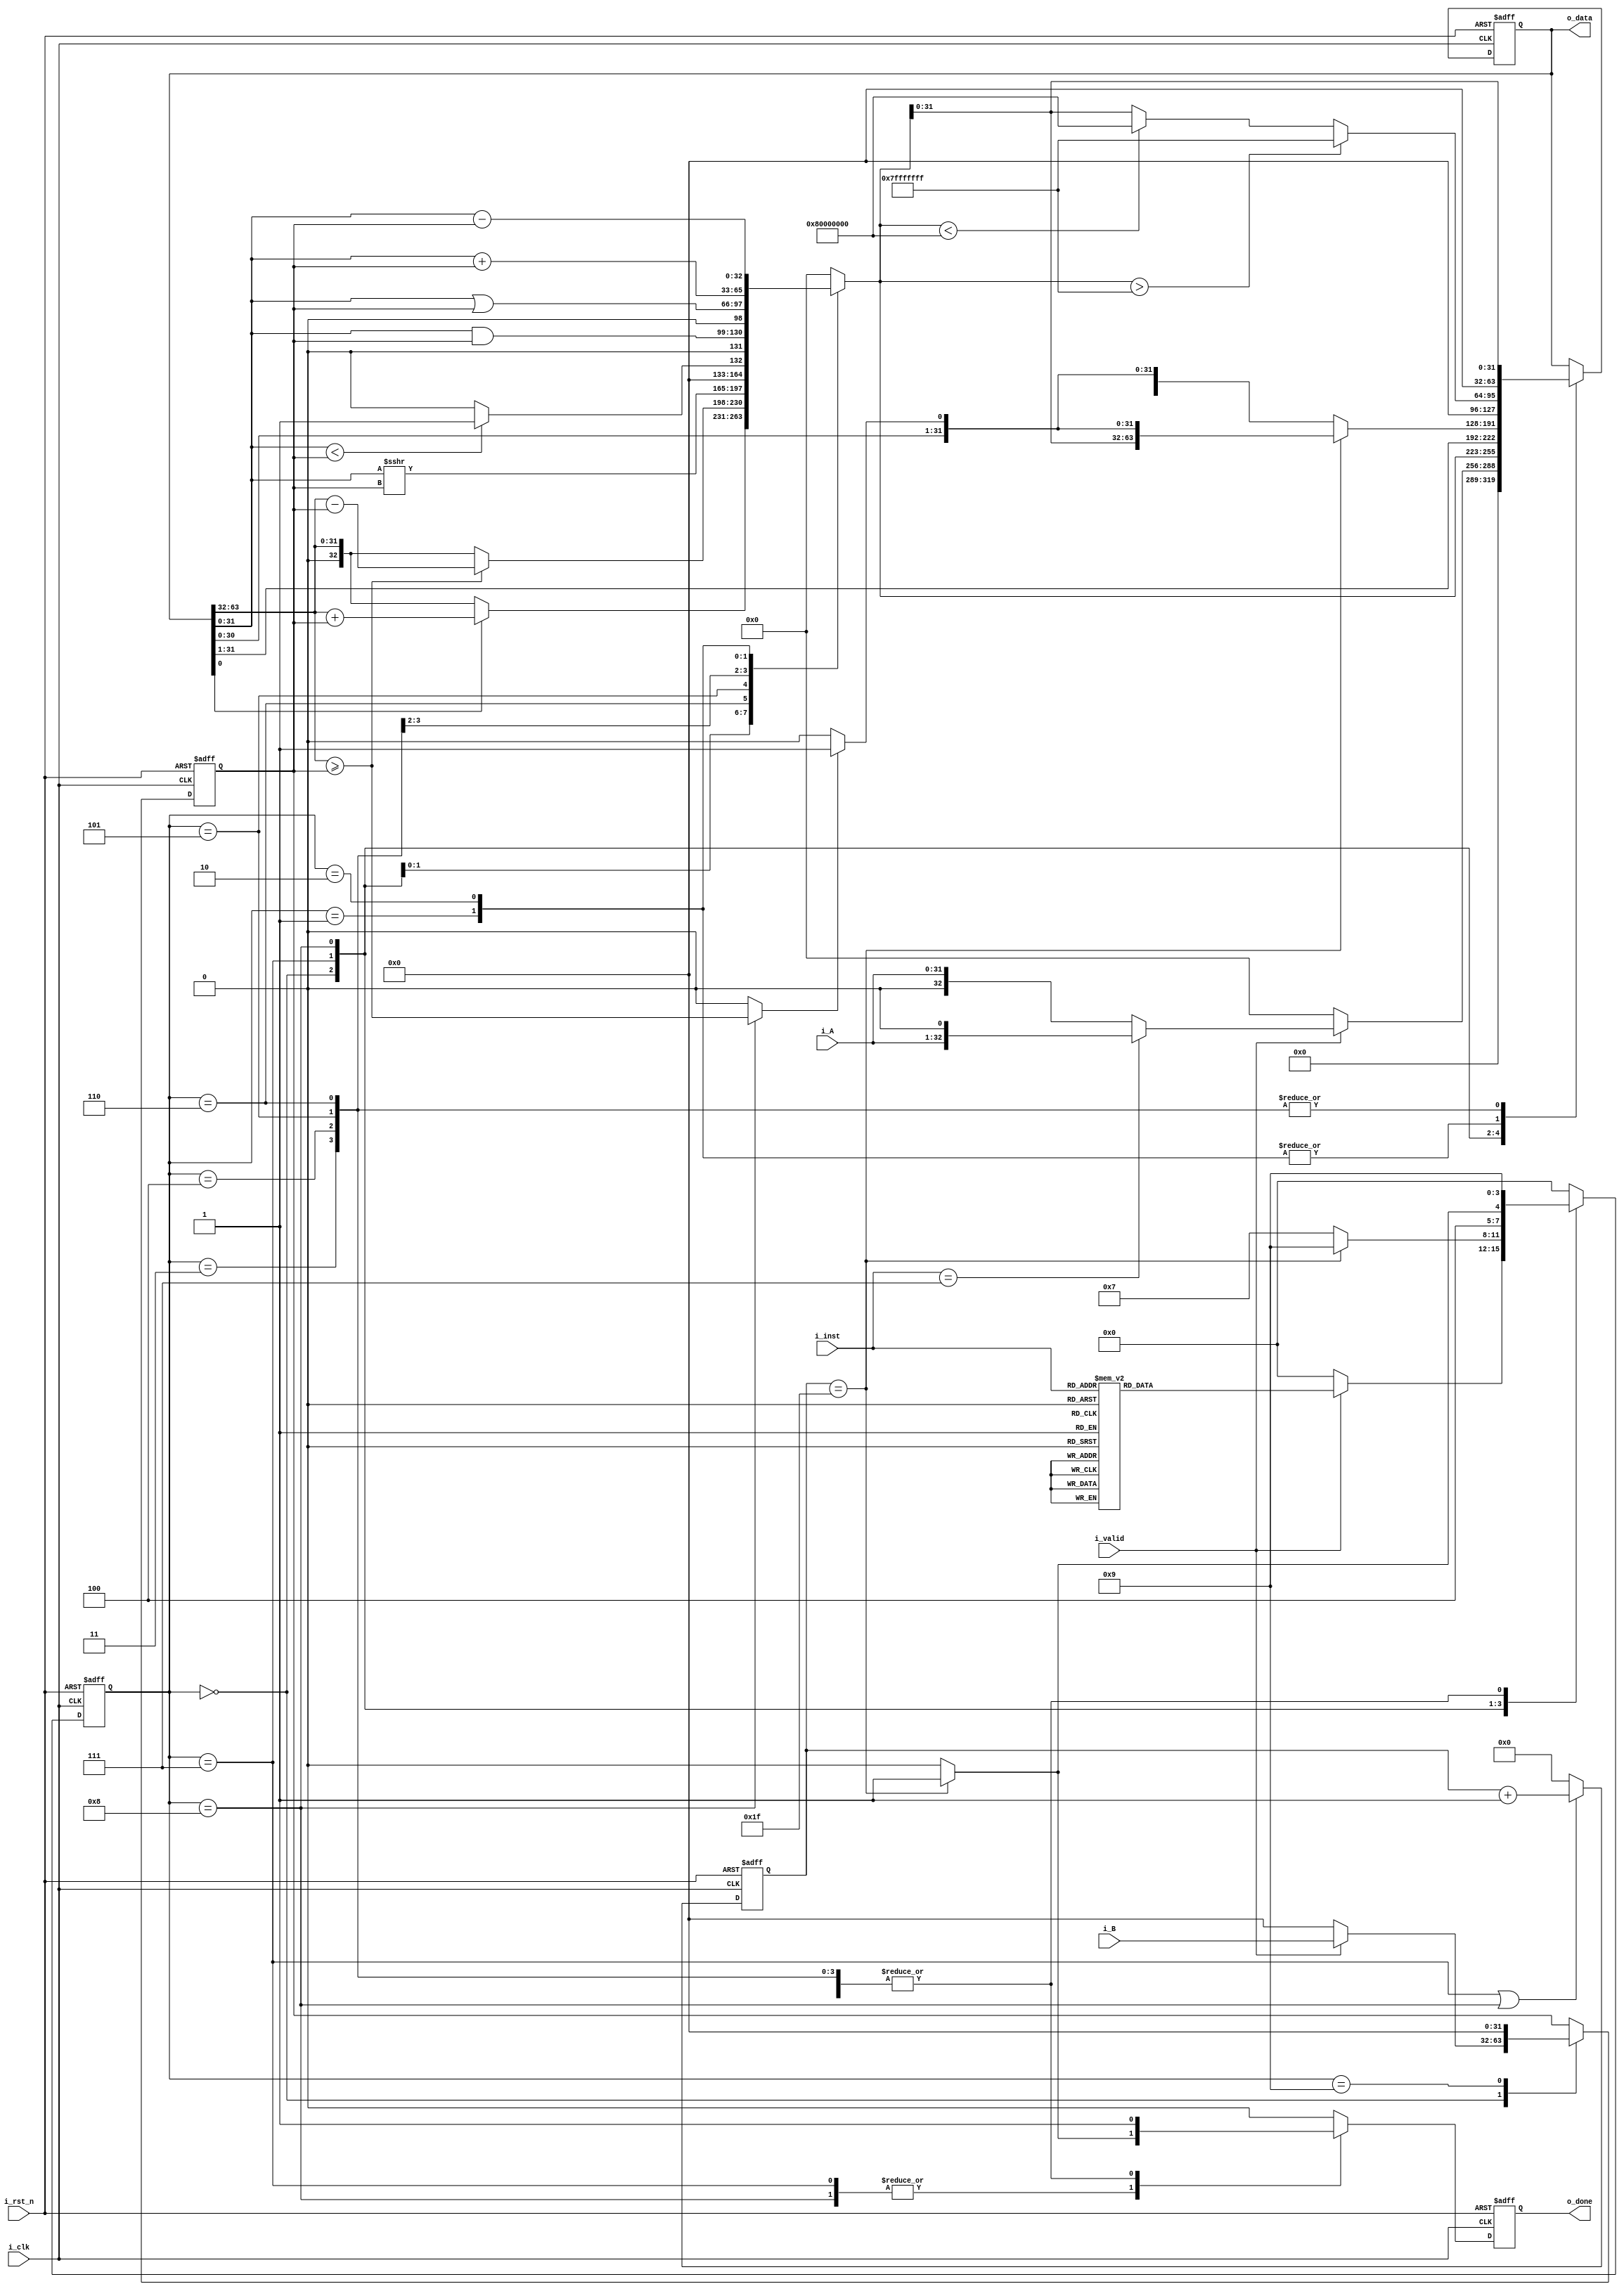
module ALU #(
    parameter DATA_W = 32
)
(
    input                       i_clk,   // clock
    input                       i_rst_n, // reset

    input                       i_valid, // input valid signal
    input [DATA_W - 1 : 0]      i_A,     // input operand A
    input [DATA_W - 1 : 0]      i_B,     // input operand B
    input [         2 : 0]      i_inst,  // instruction

    output [2*DATA_W - 1 : 0]   o_data,  // output value
    output                      o_done   // output valid signal
);
// Do not Modify the above part !!!

// Parameters
    // ======== choose your FSM style ==========
    // 1. FSM based on operation cycles
    // parameter S_IDLE           = 2'd0;
    // parameter S_ONE_CYCLE_OP   = 2'd1;
    // parameter S_MULTI_CYCLE_OP = 2'd2;
    // 2. FSM based on operation modes
    parameter IDLE = 4'd0;
    parameter ADD  = 4'd1;
    parameter SUB  = 4'd2;
    parameter AND  = 4'd3;
    parameter OR   = 4'd4;
    parameter SLT  = 4'd5;
    parameter SRA  = 4'd6;
    parameter MUL  = 4'd7;
    parameter DIV  = 4'd8;
    parameter OUT  = 4'd9;
    parameter max_value = 2**31-1;
    parameter min_value = -2**31;

// Wires & Regs
    // Todo
    // state
    reg  [         3: 0] state, state_nxt; // remember to expand the bit width if you want to add more states!
    // load input
    reg  [  DATA_W-1: 0] alu_in, alu_in_nxt;
    reg  [ 4:0] counter, counter_nxt;


    reg  [63:0] shiftRegister, shiftRegister_nxt;
    reg  [32:0] alu_out;
    
// Wire Assignments
    // Todo
    reg         dividend_flag;  
    reg         ready, ready_nxt;
    assign o_data = shiftRegister;
    assign o_done = ready;

// Always Combination
    always @(*) begin
        case(state)
            IDLE: begin
               ready_nxt = 0;
            end
            MUL : begin
                if(counter == 5'd31) ready_nxt = 1;
                else ready_nxt = 0;
            end
            DIV : begin
                if(counter == 5'd31) ready_nxt = 1;
                else ready_nxt = 0;
            end
            ADD : ready_nxt = 1;
            SUB : ready_nxt = 1;
            AND : ready_nxt = 1;
            OR : ready_nxt = 1;
            SLT : ready_nxt = 1;
            SRA : ready_nxt = 1;
            OUT : ready_nxt = 0;
            default : ready_nxt = 0;
        endcase
    end

 // Combinational always block // use "=" instead of "<=" in  always @(*) begin
    // Todo 1: Next-state logic of state machine
    always @(*) begin
        case(state)
            IDLE: begin
                if(!i_valid) state_nxt = IDLE; 
                else begin
                    case(i_inst)
                        3'd0: state_nxt = ADD;
                        3'd1: state_nxt = SUB;
                        3'd2: state_nxt = AND;
                        3'd3: state_nxt = OR;
                        3'd4: state_nxt = SLT;
                        3'd5: state_nxt = SRA;
                        3'd6: state_nxt = MUL;
                        3'd7: state_nxt = DIV;
                        default: state_nxt = IDLE;
                    endcase
                end
            end
            MUL : begin
                if(counter == 5'd31) state_nxt = OUT;
                else state_nxt = MUL;
            end
            DIV : begin
                if(counter == 5'd31) state_nxt = OUT;
                else state_nxt = DIV;
            end
            ADD : state_nxt = OUT;
            SUB : state_nxt = OUT;
            AND : state_nxt = OUT;
            OR: state_nxt = OUT;
            SLT : state_nxt = OUT;
            SRA : state_nxt = OUT;

            OUT : state_nxt = IDLE;
            default : state_nxt = IDLE;
        endcase
    end
    // inout
    
    // load in B, A will be loaded in shift register
    always @(*) begin
        case(state)
            IDLE: begin
                if (i_valid) alu_in_nxt = i_B;
                else       alu_in_nxt = 0;
            end
            OUT : alu_in_nxt = 0;
            default: alu_in_nxt = alu_in;
        endcase
    end


    
    // Todo: Counter
    // if we are in multiple or division, counter will add until it reaches 31
    always @(*) begin
        if(state == MUL || state == DIV) begin
            counter_nxt = counter + 1;
        end
        else counter_nxt = 0;
    end
    // Todo: ALU output
    always @(*) begin
        alu_out = 0;
        dividend_flag = 0;
        case(state)
            MUL: begin
                if(shiftRegister[0] == 1) begin
                    alu_out = shiftRegister[63:32] + alu_in;
                    // $signed(in_A) + $signed(in_B)
                end
                else begin
                    alu_out = shiftRegister[63:32];
                end

            end
            DIV: begin
                // if remainder goes < 0, add divisor back
                dividend_flag = (shiftRegister[63:32] >= alu_in);
                if(dividend_flag) begin
                    alu_out = shiftRegister[63:32] - alu_in;
                end 
                else begin
                    alu_out = shiftRegister[63:32];
                end
            end
            SRA: begin
                alu_out =$signed( shiftRegister[31:0]) >>> $signed( alu_in);
            end
            SLT: begin
                alu_out =$signed( shiftRegister[31:0]) < $signed( alu_in) ? 1 : 0 ;
            end  
            AND: begin
                alu_out = shiftRegister[31:0] & alu_in;
            end  
            OR: begin
                alu_out = shiftRegister[31:0] | alu_in;
            end  
            ADD: begin
		
                alu_out = $signed( shiftRegister[31:0]) + $signed( alu_in);
            end  
            SUB: begin
                
                alu_out = $signed(shiftRegister[31:0]) - $signed(alu_in);
            end  
        endcase
    end
    // Todo: output valid signal
    // first load i_A in shift register
    always @(*) begin
        case(state)
            IDLE: begin
                if(!i_valid) shiftRegister_nxt = 0; 
                else begin
                    if(i_inst == 3'd7)begin
                        shiftRegister_nxt = {{31{1'b0}}, i_A, {1'b0}}; 
                    end
                    else begin
                        shiftRegister_nxt = {{32{1'b0}}, i_A};
                    end
                end
            end
            MUL: begin
                shiftRegister_nxt = {alu_out, shiftRegister[31:1]};
            end
            DIV: begin
                if(counter == 31)begin
                    if(dividend_flag)begin
                        shiftRegister_nxt = {alu_out[31:0], shiftRegister[30:0], {1'b1}};
                    end
                    else begin
                        shiftRegister_nxt = {alu_out[31:0], shiftRegister[30:0], {1'b0}};
                    end
                end
                else begin
                    if(dividend_flag)begin
                        shiftRegister_nxt = {alu_out[30:0], shiftRegister[31:0], {1'b1}};
                    end
                    else begin
                        shiftRegister_nxt = {alu_out[30:0], shiftRegister[31:0], {1'b0}};
                    end
                end
            end
            ADD: begin
                shiftRegister_nxt = {32'b0, alu_out[31:0]};
                if ($signed(alu_out) > max_value ) begin
                    shiftRegister_nxt = 64'H000000007fffffff;
                end
                else if ($signed(alu_out) < min_value) begin
                    shiftRegister_nxt = 64'H0000000080000000;
                end
            end

            SUB: begin
                shiftRegister_nxt = {32'b0, alu_out[31:0]};
                if ($signed(alu_out) > max_value ) begin
                    shiftRegister_nxt = 64'H000000007fffffff;
                end
                else if ($signed(alu_out) < min_value) begin
                    shiftRegister_nxt = 64'H0000000080000000;
                end
            end
            AND: begin

                shiftRegister_nxt = {32'b0, alu_out[31:0]};
            end
            
            OR: begin
                shiftRegister_nxt = {32'b0, alu_out[31:0]};
            end  
            SLT: begin
                shiftRegister_nxt = {32'b0, alu_out[31:0]};
            end  
            SRA: begin
                shiftRegister_nxt = {32'b0, alu_out[31:0]};
            end  
            OUT: begin
                shiftRegister_nxt = shiftRegister;
            end
            default: begin
                shiftRegister_nxt = shiftRegister;
            end
        endcase
    end
    // Todo: Sequential always block
    always @(posedge i_clk or negedge i_rst_n) begin
        if (!i_rst_n) begin
            state <= IDLE;
            counter <= 0;
            shiftRegister <= 0;
            alu_in <= 0;
            ready <= 0;
        end
        else begin
            state <= state_nxt;
            counter <= counter_nxt;
            shiftRegister <= shiftRegister_nxt;
            alu_in <= alu_in_nxt;
            ready <= ready_nxt;
        end
    end

endmodule